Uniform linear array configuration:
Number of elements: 4
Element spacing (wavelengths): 0.25
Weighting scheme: hamming
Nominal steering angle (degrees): -30
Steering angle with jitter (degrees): -29.825
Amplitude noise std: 0.05
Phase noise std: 0.05

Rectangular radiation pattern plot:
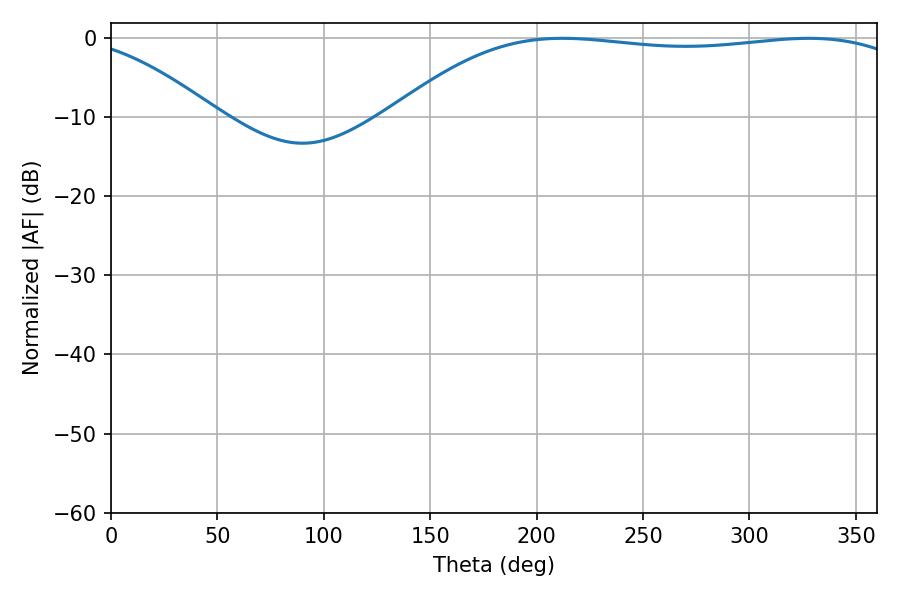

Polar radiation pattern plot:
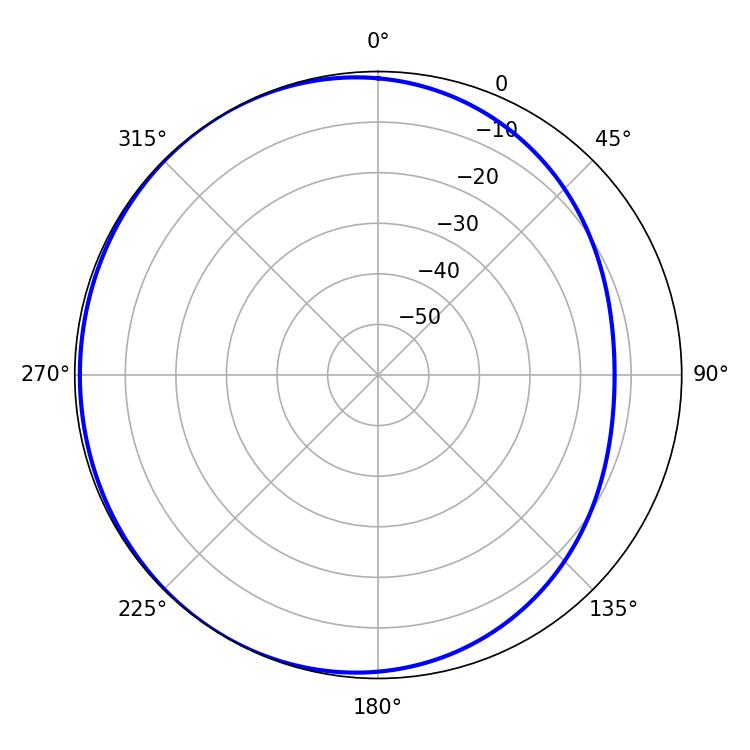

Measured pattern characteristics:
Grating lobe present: FALSE
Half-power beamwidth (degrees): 194.58
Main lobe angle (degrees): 212.22